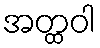
အတ္ထဝါ